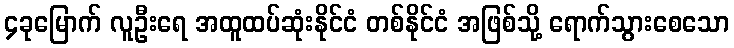
၄ခုမြောက် လူဦးရေ အထူထပ်ဆုံးနိုင်ငံ တစ်နိုင်ငံ အဖြစ်သို့ ရောက်သွားစေသော